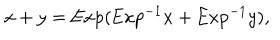
x + y = \mathrm { E x p } ( \mathrm { E x p } ^ { - 1 } x + \mathrm { E x p } ^ { - 1 } y ) ,